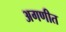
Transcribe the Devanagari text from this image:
अगणीत